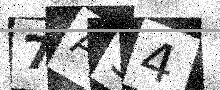
Text: 7AS4